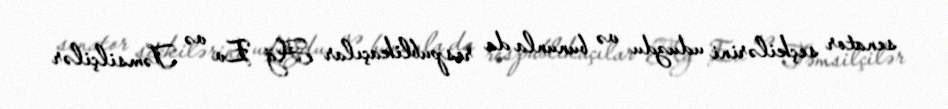
senator seçkilərini uduzdu və bununla da respublikaçılar Ağ Ev və Təmsilçilər